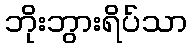
ဘိုးဘွားရိပ်သာ